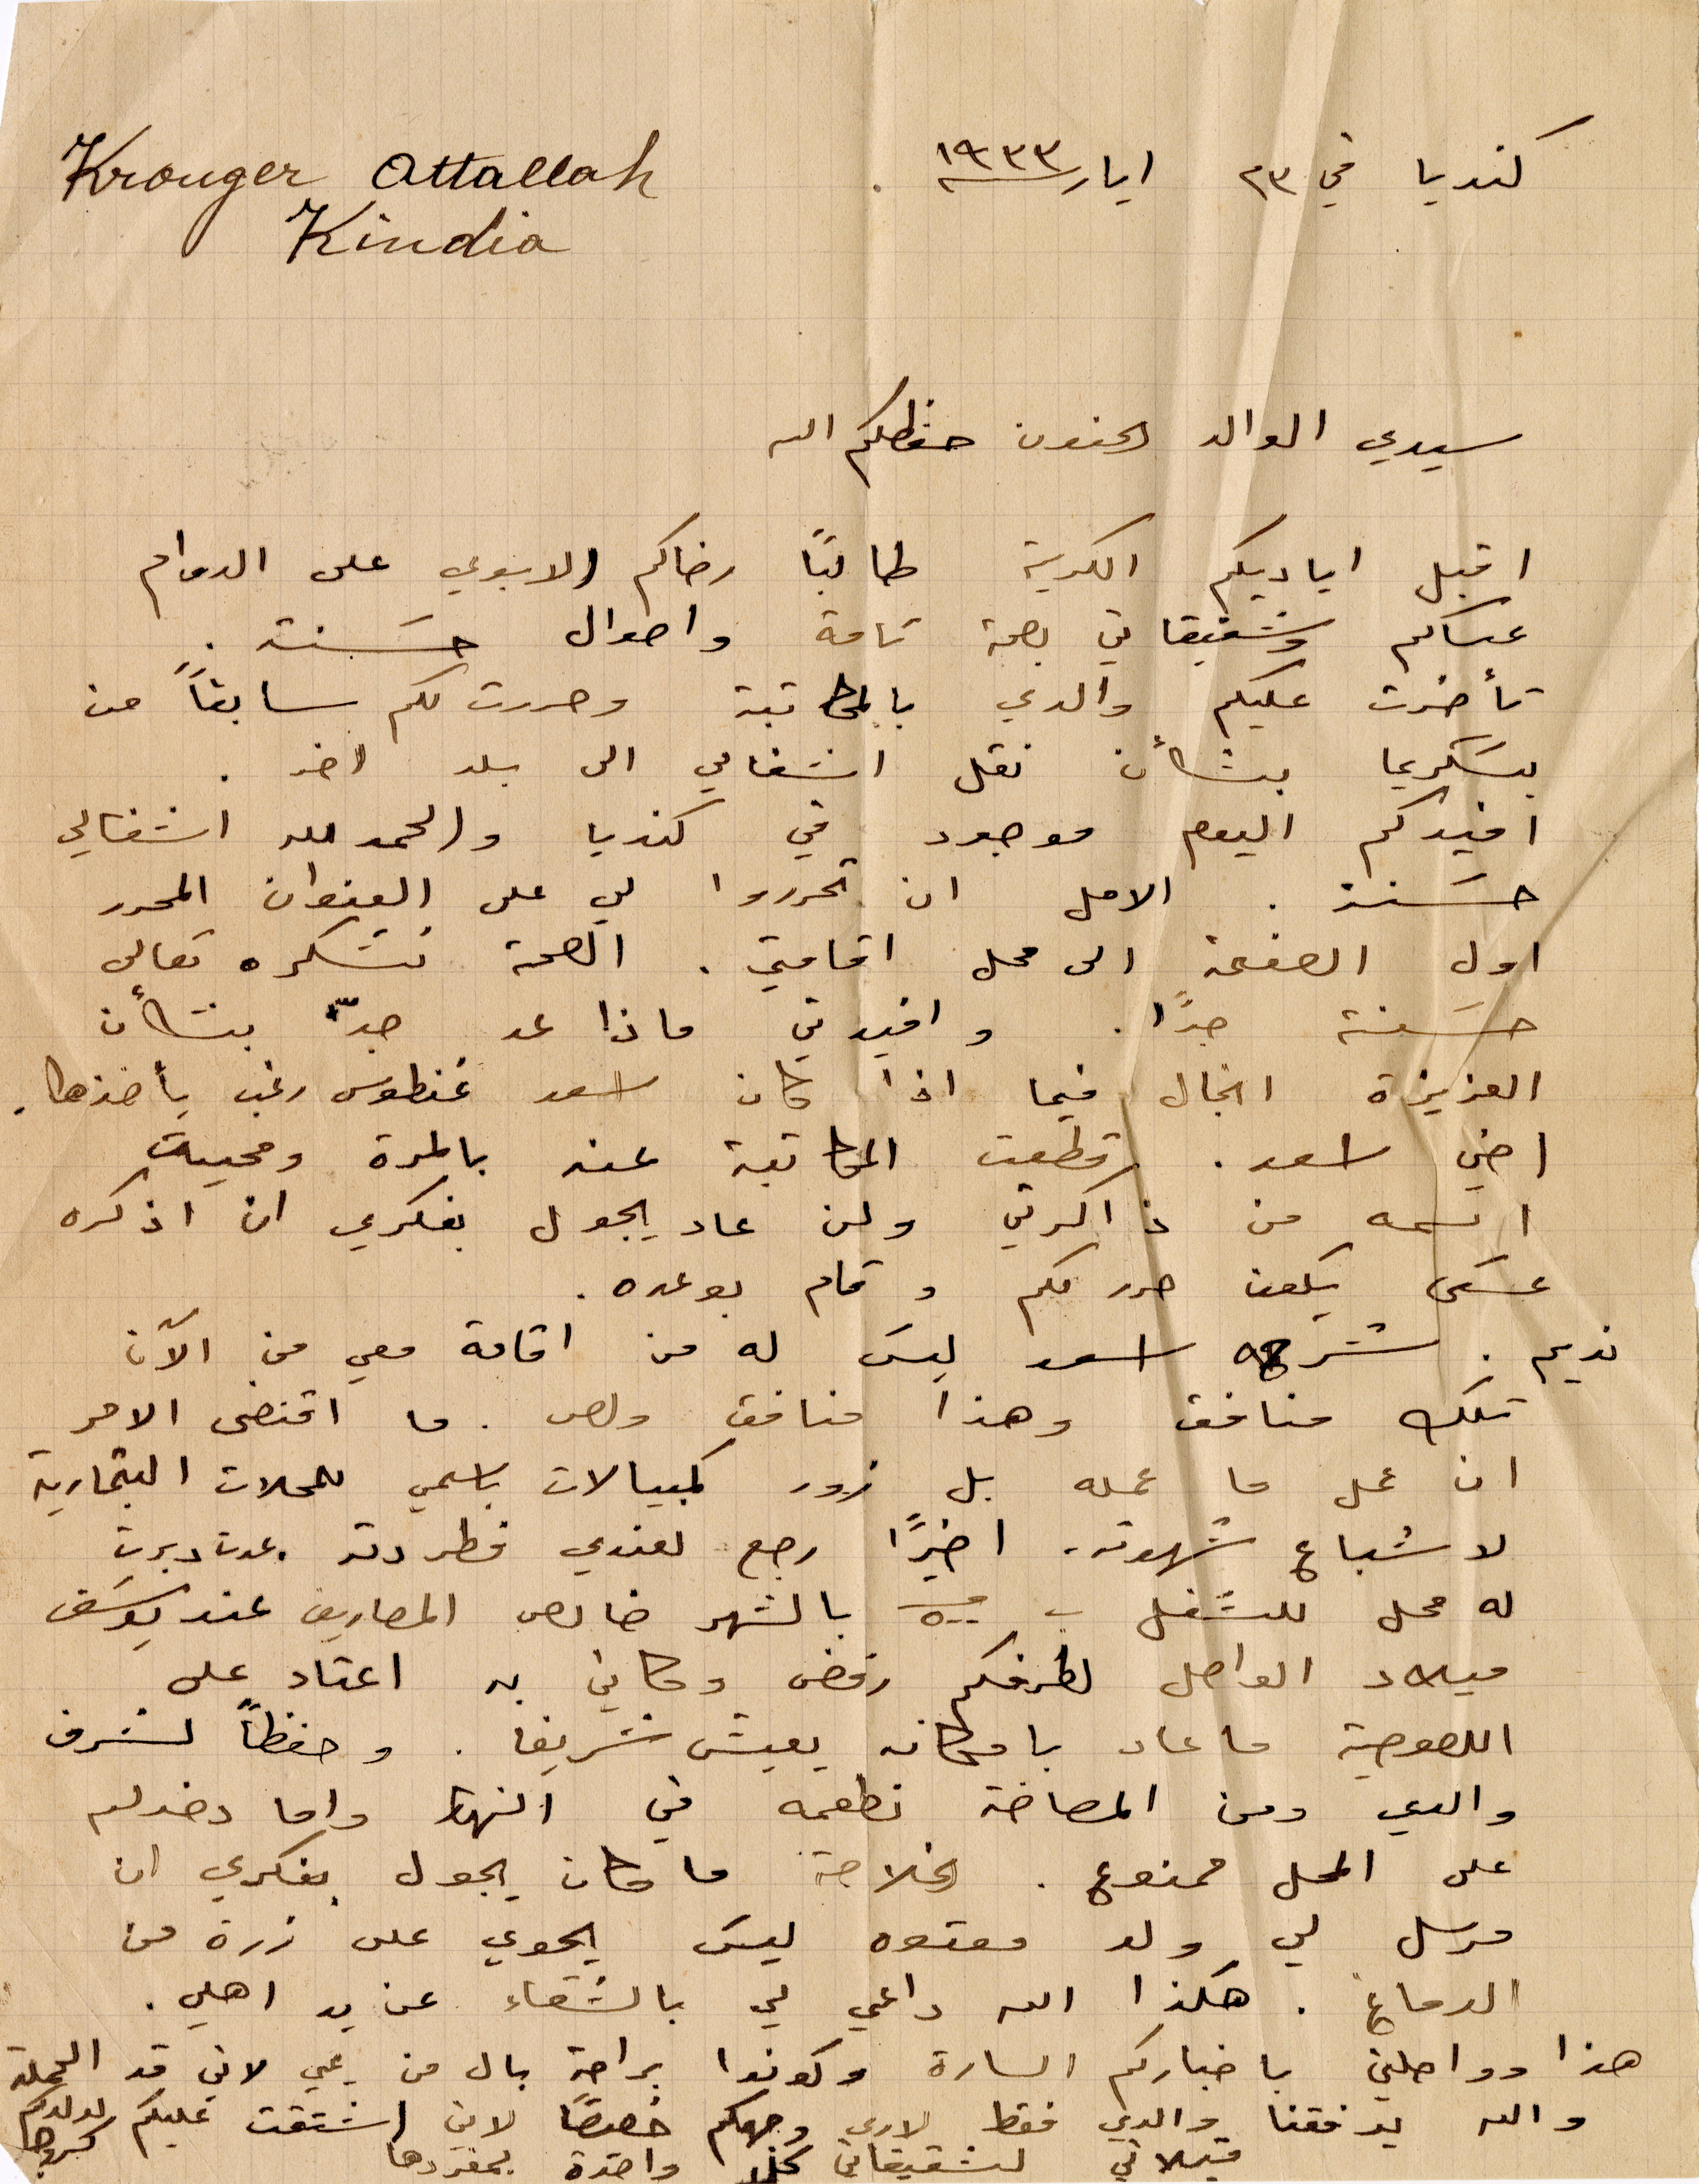
كنديا في ٢٣ أيار ١٩٣٣
سيدي الوالد الحنون حفظكم الله
اقبل اياديكم الكريمة طالبًا رضاكم الابوي على الدوام
عساكم وشقيقاتي بصحة تامة واحوال حسنة.
تأخرت عليكم والدي بالمكاتبة وحررت لكم سابقًا من
بتسكريما بشأن نقل اشغالي الى بلد آخر
افيدكم اليوم موجود في كنديا والحمدالله اشغالي
حسنة. الأمل ان تحرروا لي على العنوان المحرر
أول الصفحة الى محل اقامتي. الصحة نشكره تعالى
حسنة جدًا. وافيدني ماذا عد جدّ بشأن
العزيزة انجال فيما اذا كان اسعد غنطوي رغب بأخذها.
اخي اسعد. قطعت المكاتبة عند بالمرة ومحيت
اسمه من ذاكرتي ولن عاد يجول بفكري ان اذكره
سعى يكون حرر منكم وقام بوعده.
نديم، شرحه أسعد ليس له من إقامة معي من الآن
تلك منافق وهذا منافق ولص. ما اقتضى الامر
ان عمل ما عمله بل زور كمبيالات باسمي للمحلات التجارية
لاشباع شهوته. اخيرًا رجع لعندي فطردته غدت دبرت
له محل للشغل ب ٥٠٠ بالشهر خالص المصاريف عند يوسف
ميلاد الواصل لطرفكم رفض وكاني به اعتاد على
اللصوصية ما عاد بامكانه يعيش شريفا. وحفظًا لشرف
والدي ومن المصاخة نطعمه في النهار واما دخول
على المحل ممنوع. الخلاصه ما كان يجول بفكري ان
مرسل لي ولد معتوه ليس يحوي على ذرة من
الدماغ. هكذا الله داعي لي بالشفاء عن يد اهلي.
هذا وواصلني باخباركم السارة وكونوا براحة بال من يمي لاني قد الحملة
والله يوفقنا والدي فقط لارى وجهكم خصوصًا لاني اشتقت عليكم لولديكم
قبلاتي لشقيقاتي كل واحدة بمفردها